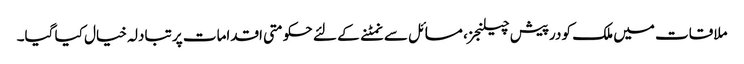
ملاقات میں ملک کو درپیش چیلنجز، مسائل سے نمٹنے کے لئے حکومتی اقدامات پر تبادلہ خیال کیا گیا۔